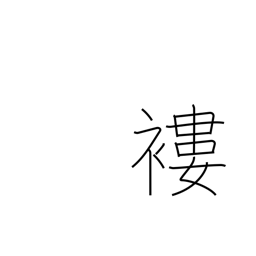
Meaning: rags